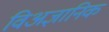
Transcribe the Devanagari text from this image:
विअज्ञानिक